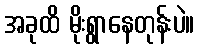
အခုထိ မိုးရွာနေတုန်းပဲ။